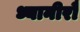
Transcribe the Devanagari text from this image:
ध्यानीरौ